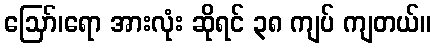
ဪ၊ရော အားလုံး ဆိုရင် ၃၈ ကျပ် ကျတယ်။